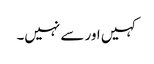
کہیں اور سے نہیں۔